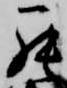
罷